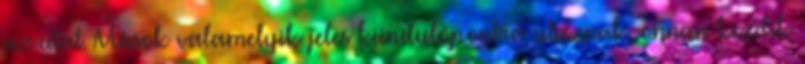
az utat. Mások valamelyik jeles kiindulópontra utaznak, onnan kezdik